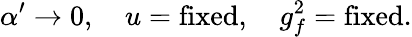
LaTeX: \alpha^{\prime}\rightarrow 0,\quad u=\mathrm{fixed},\quad g_{f}^{2}=\mathrm{fixed}.